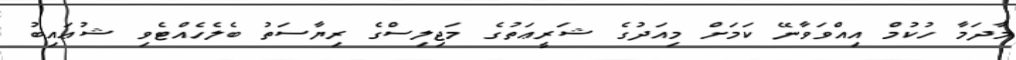
މާދަމާ ހުކުމް އިއްވަވާނޭ ކަމަށް މިއަދުގެ ޝަރީޢަތުގެ މަޖިލިސްގެ ރިޔާސަތު ބެލެހެއްޓެވި ޝުޢައިބު